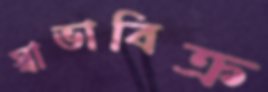
স্বাভাবিক্র